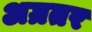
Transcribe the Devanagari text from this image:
अग्रतर